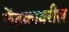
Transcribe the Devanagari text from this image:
केंद्रकावरील